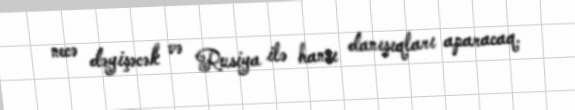
necə dəyişəcək və Rusiya ilə hansı danışıqları aparacaq.